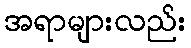
အရာများလည်း